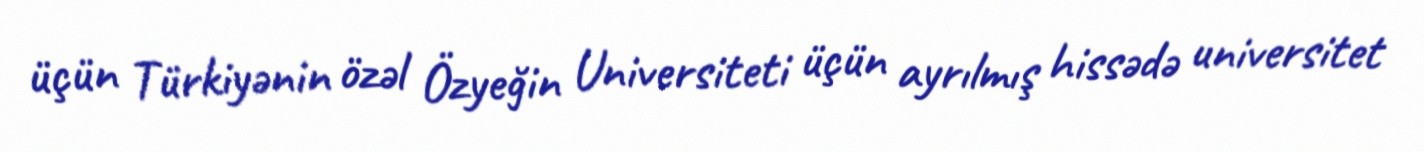
üçün Türkiyənin özəl Özyeğin Universiteti üçün ayrılmış hissədə universitet